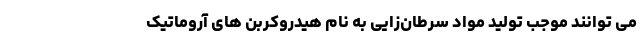
می توانند موجب تولید مواد سرطان‌زایی به نام هیدروکربن های آروماتیک